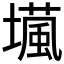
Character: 𡑵